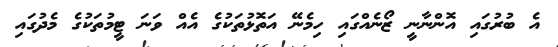
އެ ބުރުގައި އޮންނާނީ ޒޯނެއްގައި ހިމެނޭ އަތޮޅުތަކުގެ އެއް ވަނަ ޓީމުތަކުގެ މެދުގައި